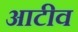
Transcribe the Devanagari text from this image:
आटीव